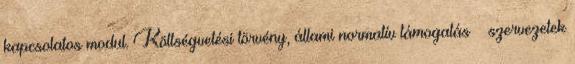
kapcsolatos modul. Költségvetési törvény, állami normatív támogatás – szervezetek